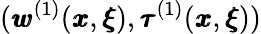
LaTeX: ({\pmb w}^{(1)}({\pmb x},{\pmb\xi}),{\pmb\tau}^{(1)}({\pmb x},{\pmb\xi}))